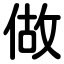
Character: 做